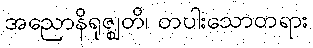
အညောနိရုဇ္ဈတိ၊ တပါးသောတရား